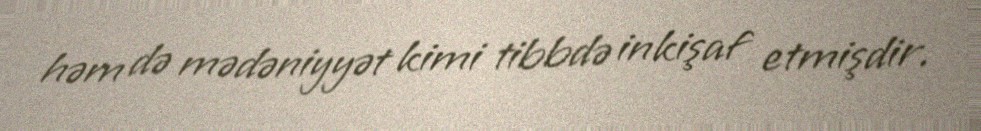
həm də mədəniyyət kimi tibbdə inkişaf etmişdir.